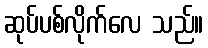
ဆုပ်ပစ်လိုက်လေ သည်။